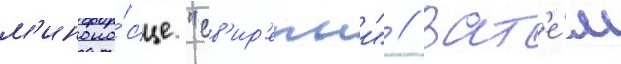
м'иноно́сце "св'ир'епыи" // Зат'е́м